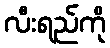
လီးရည်ကို